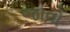
જાવો